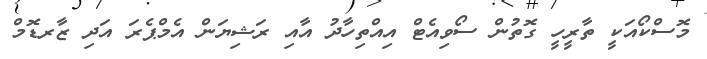
މޮސްކޯއަކީ ތާރީހީ ގޮތުން ސޯވިއެޓް އިއްތިހާދު އާއި ރަޝިޔަން އެމްޕެރަ އަދި ޒާރޑޮމް